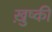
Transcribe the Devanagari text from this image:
ख़ुष्की